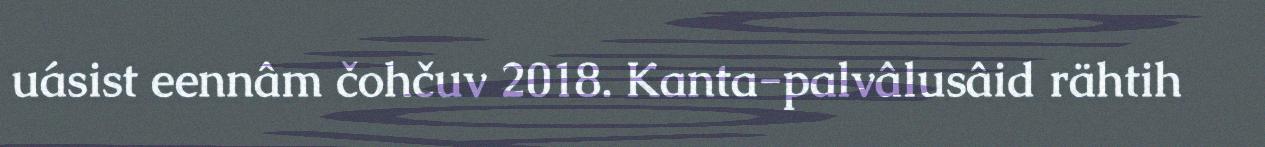
uásist eennâm čohčuv 2018. Kanta-palvâlusâid rähtih